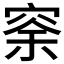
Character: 𥥸